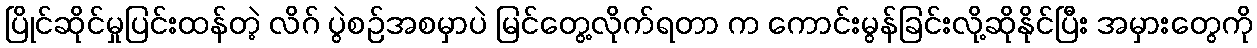
ပြိုင်ဆိုင်မှုပြင်းထန်တဲ့ လိဂ် ပွဲစဉ်အစမှာပဲ မြင်တွေ့လိုက်ရတာ က ကောင်းမွန်ခြင်းလို့ဆိုနိုင်ပြီး အမှားတွေကို